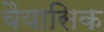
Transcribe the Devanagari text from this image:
वैयासिक